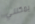
يمكنني